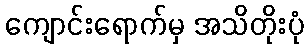
ကျောင်းရောက်မှ အသိတိုးပုံ